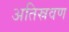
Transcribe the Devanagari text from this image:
अतिस्रवण